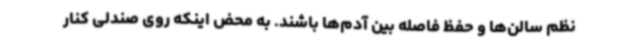
نظم سالن‌ها و حفظ فاصله بین آدم‌ها باشند. به محض اینکه روی صندلی کنار